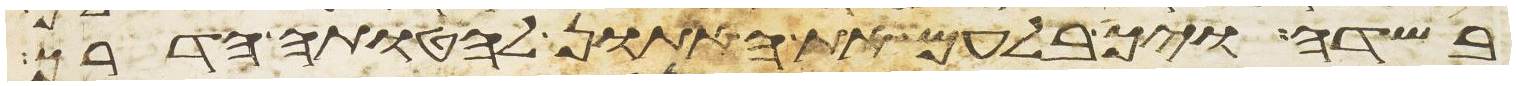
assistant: בשדה ויך בלעם את האתון להטותה הדרך